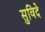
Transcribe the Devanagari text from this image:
सुविदे